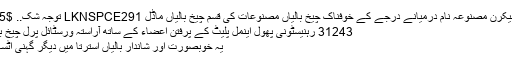
نردجیکرن مصنوعہ نام درمیانے درجے کے خوفناک چیخ بالیاں مصنوعات کی قسم چیخ بالیاں ماڈل LKNSPCE291 توجہ شک.. $4.55
31243 رہنیسٹونی پھول اینمل پلیٹ كے پرفتن اعضاء کے ساتھ آراستہ ورسٹائل پرل چیخ بالیاں
یہ خوبصورت اور شاندار بالیاں استرتا میں دیگر گہنی اٹسہنی ۔